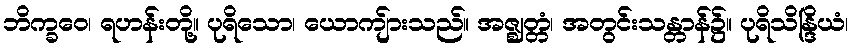
ဘိက္ခဝေ၊ ရဟန်းတို့။ ပုရိသော၊ ယောကျ်ားသည်။ အဇ္ဈတ္တံ၊ အတွင်းသန္တာန်၌။ ပုရိသိန္ဒြိယံ၊